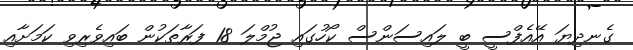
ގެނދިޔަ އޭއެފްސީ ބީ ލައިސަންސް ކޯހުގައި ޖުމްލަ 18 ފަރާތަކުން ބައިވެރިވި ކަމަށާއި